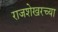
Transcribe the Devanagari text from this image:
राजशेखरच्या